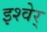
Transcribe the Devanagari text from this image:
इश्वेर्